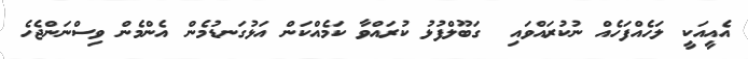
އެއީއަކީ ލަހެއްފަހެއް ނުުކުރައްވައި  ގަބޫލްފުޅު ކުރައްވާ ކަމެއްކަން އަޅުގަނޑުމެން އެންމެން ވިސްނަންޖެހެ